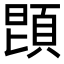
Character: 𩒝